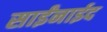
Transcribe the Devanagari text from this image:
साईंनाईद